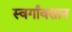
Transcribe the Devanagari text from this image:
स्वर्गावसान